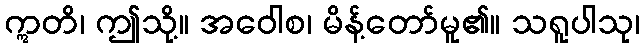
ဣတိ၊ ဤသို့။ အဝေါစ၊ မိန့်တော်မူ၏။ သရူပါသု၊